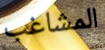
المشاغب